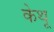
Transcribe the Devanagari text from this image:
केथू